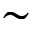
\sim